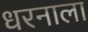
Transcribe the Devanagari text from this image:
धरनाला